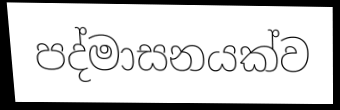
පද්මාසනයක්ව